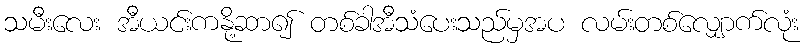
သမီးလေး အီယင်းကနို့ဆာ၍ တစ်ခါအီသံပေးသည်မှအပ လမ်းတစ်လျှောက်လုံး